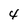
Character: 4